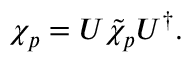
\chi _ { p } = U \tilde { \chi } _ { p } U ^ { \dagger } .